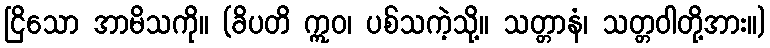
ငြိသော အာမိသကို။ (ခိပတိ ဣဝ၊ ပစ်သကဲ့သို့။ သတ္တာနံ၊ သတ္တဝါတို့အား။)